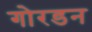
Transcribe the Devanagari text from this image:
गोरडन